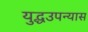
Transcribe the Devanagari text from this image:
युद्धउपन्यास